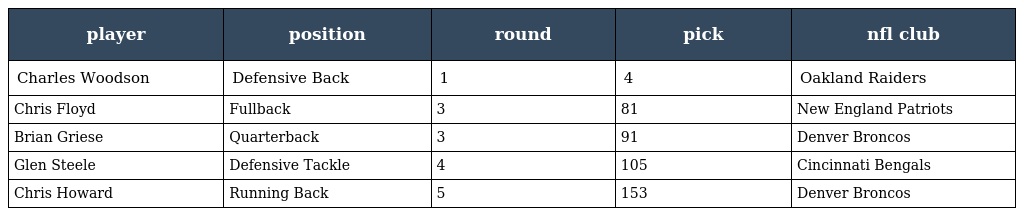
| player | position | round | pick | nfl club |
 | --- | --- | --- | --- | --- |
 | Charles Woodson | Defensive Back | 1 | 4 | Oakland Raiders |
 | Chris Floyd | Fullback | 3 | 81 | New England Patriots |
 | Brian Griese | Quarterback | 3 | 91 | Denver Broncos |
 | Glen Steele | Defensive Tackle | 4 | 105 | Cincinnati Bengals |
 | Chris Howard | Running Back | 5 | 153 | Denver Broncos |